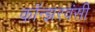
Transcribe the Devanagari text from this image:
कॉन्झरवंसी